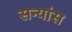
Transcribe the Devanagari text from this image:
सन्यांस